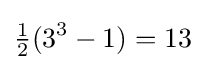
{\tfrac {1}{2}}(3^{3}-1)=13